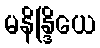
မနိန္ဒြိယေ